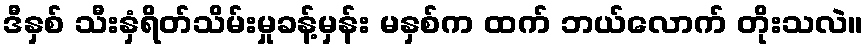
ဒီနှစ် သီးနှံရိတ်သိမ်းမှုခန့်မှန်း မနှစ်က ထက် ဘယ်လောက် တိုးသလဲ။